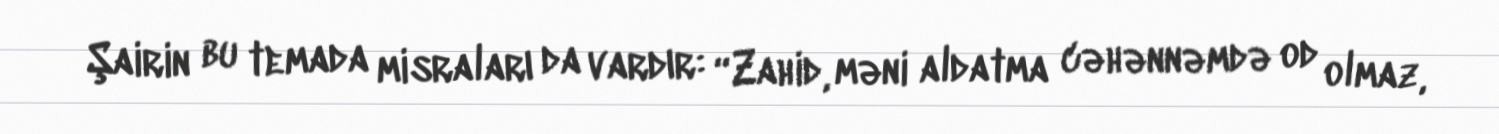
Şairin bu temada misraları da vardır: “Zahid, məni aldatma cəhənnəmdə od olmaz,